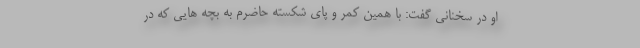
او در سخنانی گفت: با همین کمر و پای شکسته حاضرم به بچه هایی که در